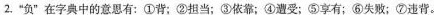
2.”负”在字典中的意思有：①背；②担当；③依靠；④遭受；⑤享有；⑥失败；⑦违背。